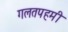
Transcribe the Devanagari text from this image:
गलतपहमी